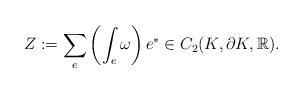
LaTeX: \begin{align*} Z := \sum_e \left( \int_e \omega \right) e^* \in C_2 (K , \partial K , \mathbb{R}).\end{align*}